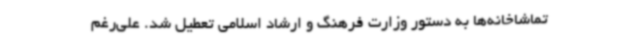
تماشاخانه‌ها به دستور وزارت فرهنگ و ارشاد اسلامی تعطیل شد. علی‌رغم